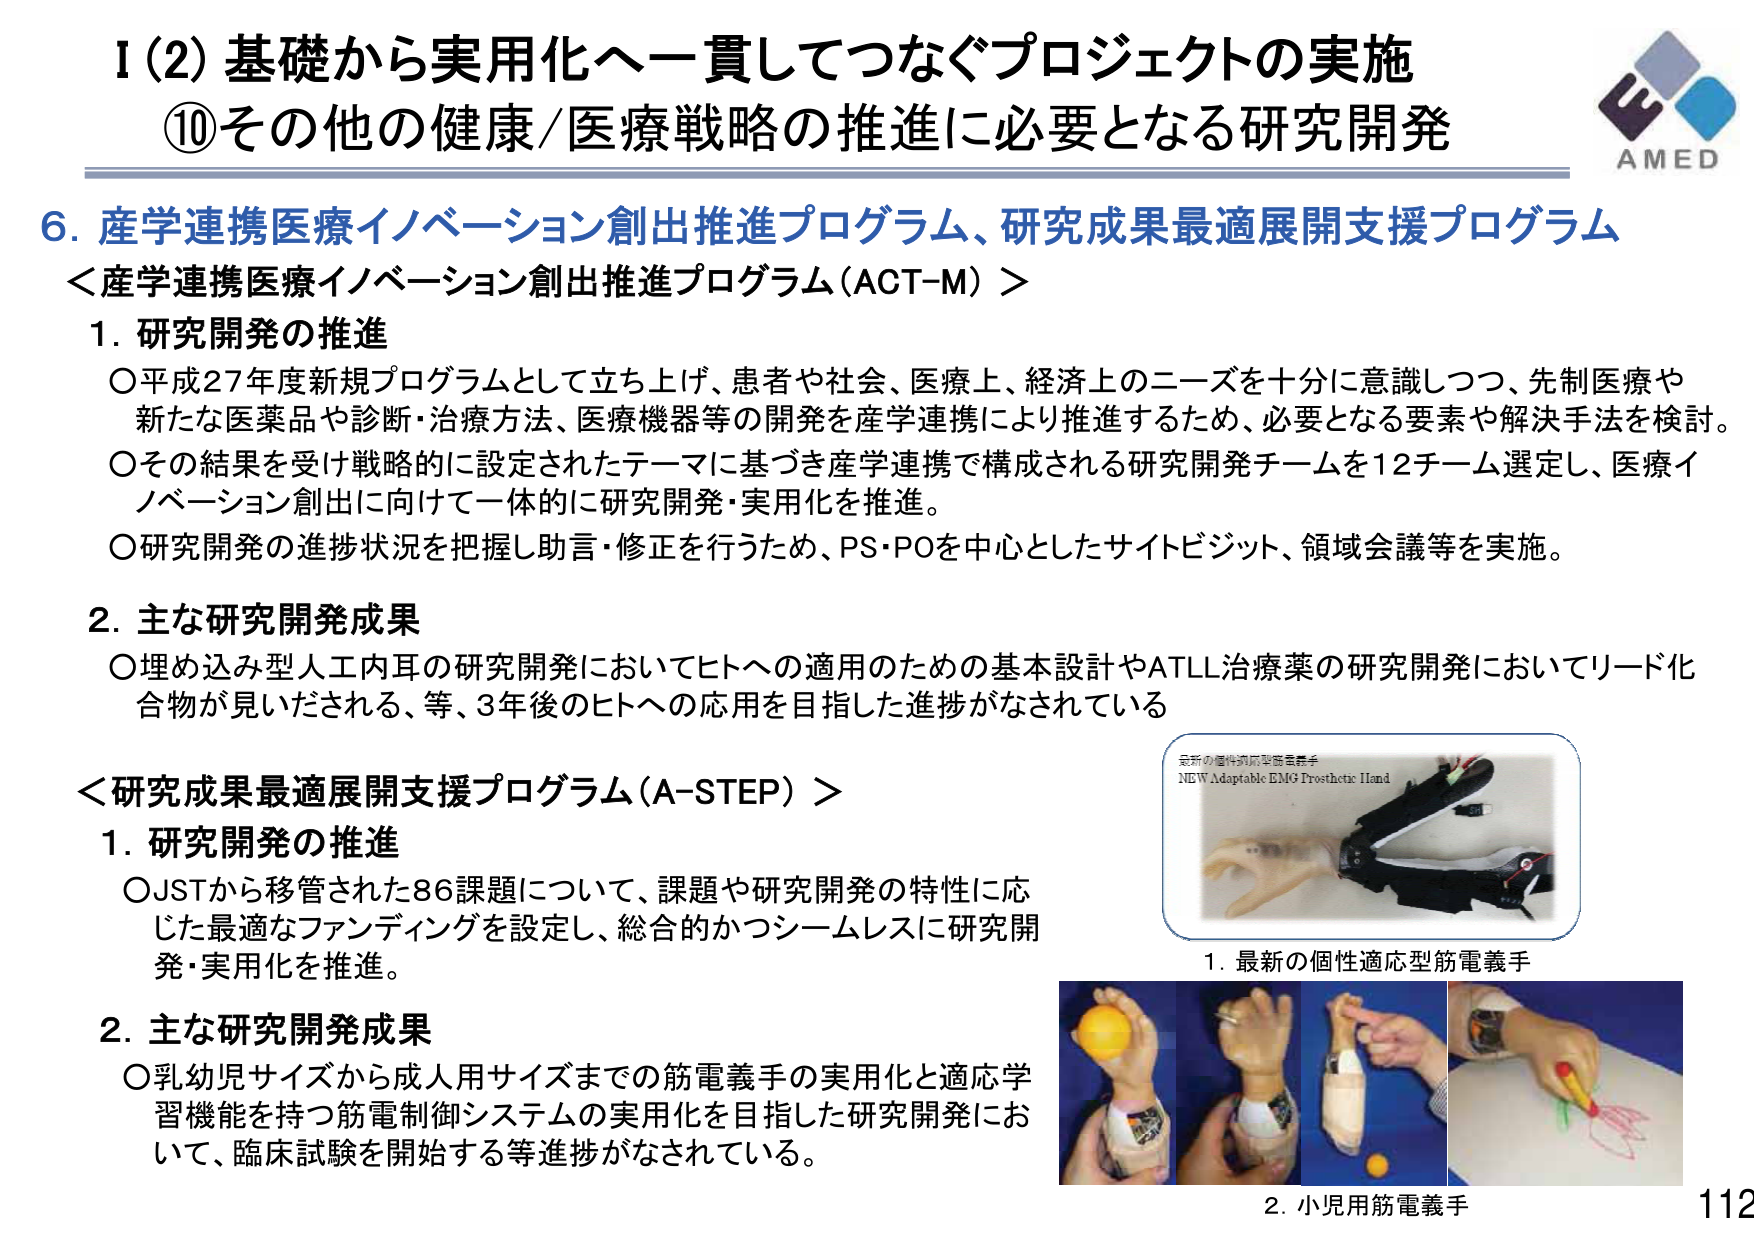
I (2) 基礎から実用化へ一貫してつなぐプロジェクトの実施
⑩その他の健康/医療戦略の推進に必要となる研究開発

6. 産学連携医療イノベーション創出推進プログラム、研究成果最適展開支援プログラム
＜産学連携医療イノベーション創出推進プログラム (ACT-M)＞

1. 研究開発の推進
○平成27年度新規プログラムとして立ち上げ、患者や社会、医療上、経済上のニーズを十分に意識しつつ、先制医療や新たな医薬品や診断・治療方法、医療機器等の開発を産学連携により推進するため、必要となる要素や解決手法を検討。
○その結果を受け戦略的に設定されたテーマに基づき産学連携で構成される研究開発チームを12チーム選定し、医療イノベーション創出に向けて一体的に研究開発・実用化を推進。
○研究開発の進捗状況を把握し助言・修正を行うため、PS・POを中心としたサイトビジット、領域会議等を実施。

2. 主な研究開発成果
○埋め込み型人工内耳の研究開発においてヒトへの適用のための基本設計やATLL治療薬の研究開発においてリード化合物が見いだされる、等、3年後のヒトへの応用を目指した進捗がなされている

＜研究成果最適展開支援プログラム (A-STEP)＞

1. 研究開発の推進
○JSTから移管された86課題について、課題や研究開発の特性に応じた最適なファンディングを設定し、総合的かつシームレスに研究開発・実用化を推進。

2. 主な研究開発成果
○乳幼児サイズから成人用サイズまでの筋電義手の実用化と適応学習機能を持つ筋電制御システムの実用化を目指した研究開発において、臨床試験を開始する等進捗がなされている。

最新の個性適応型筋電義手
NEW Adaptable EMG Prosthetic Hand

1. 最新の個性適応型筋電義手

2. 小児用筋電義手

AMED
112